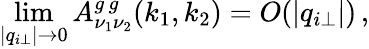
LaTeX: \operatorname*{lim}_{|q_{i\perp}|\rightarrow 0}A_{\nu_{1}\nu_{2}}^{g\, g}(k_{1},k_{2})=O(|q_{i\perp}|)\, ,